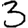
Digit: 3